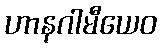
ဟာနဂါမီယေဝ